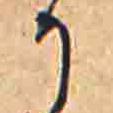
か